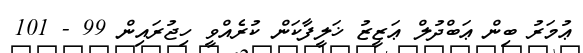
ޢުމަރު ބިން ޢަބްދުލް ޢަޒީޒު ޚަލީފާކަން ކުރެއްވީ ހިޖުރައިން 99 - 101